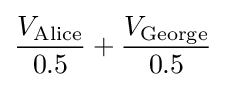
{\frac {V_{\text{Alice}}}{0.5}}+{\frac {V_{\text{George}}}{0.5}}